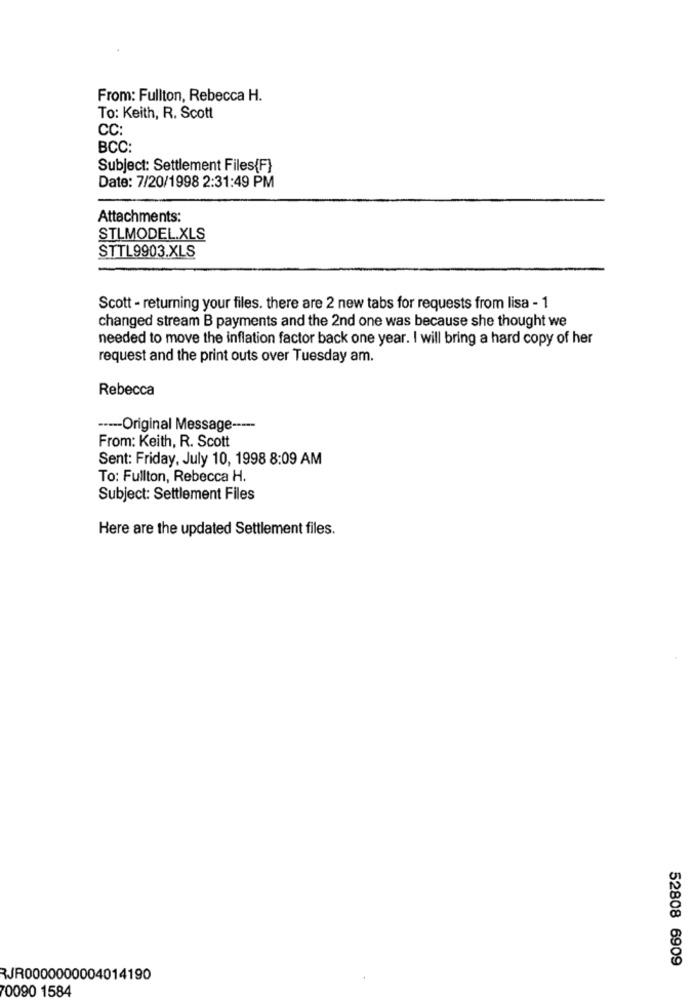
From: Fullton, Rebecca H.
To: Keith, R. Scott
CC:
BCC:
Subject: Settlement Files{F}
Date: 7/20/1998 2:31:49 PM
Attachments:
STLMODEL.XLS
STTL9903.XLS
Scott - returning your files. there are 2 new tabs for requests from lisa - 1
changed stream B payments and the 2nd one was because she thought we
needed to move the inflation factor back one year. I will bring a hard copy of her
request and the print outs over Tuesday am.
Rebecca
----- Original Message -----
From: Keith, R. Scott
Sent: Friday, July 10, 1998 8:09 AM
To: Fullton, Rebecca H.
Subject: Settlement Files
Here are the updated Settlement files.
52808 6909
RJR0000000004014190
70090 1584